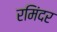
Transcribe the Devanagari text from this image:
रमिंदर